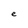
Character: e